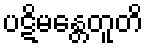
ပဋိမန္တေတူတိ